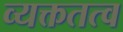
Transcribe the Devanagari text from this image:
व्यक्ततत्व